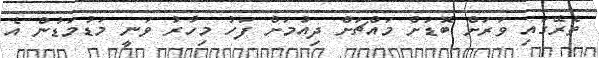
ތެރޭގައި ވަރަށް ބޮޑަށް މައްޗަށް ދިއުމަށް ފަހު މިހާރު ވަނީ މަޑުމަޑުން އެ